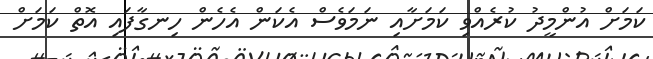
ކަމަށް އުންމީދު ކުރެއްވި ކަމަށާއި ނަމަވެސް އެކަން އެހެން ހިނގާފައި އޮތް ކަމަށް